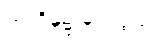
ကထိန်၌ မှတ်ဖွယ်